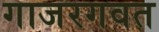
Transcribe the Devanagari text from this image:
गाजरगवत